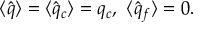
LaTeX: \langle \hat { q } \rangle = \langle \hat { q } _ { c } \rangle = q _ { c } , { } ~ \langle \hat { q } _ { f } \rangle = 0 .